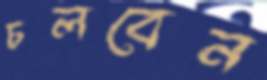
চলবেন